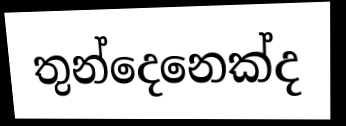
තුන්දෙනෙක්ද